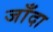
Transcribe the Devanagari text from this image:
जाँदा